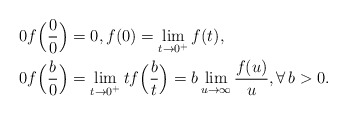
\begin{align*}&\ 0 f\Bigl(\frac{0}{0}\Bigr) = 0, f(0) = \lim_{t \rightarrow 0^+} f(t), \\&\ 0 f\Bigl(\frac{b}{0}\Bigr) = \lim_{t \rightarrow 0^+}t f\Bigl(\frac{b}{t}\Bigr) = b \lim_{u \rightarrow \infty} \frac{f(u)}{u}, \forall \, b > 0.\end{align*}